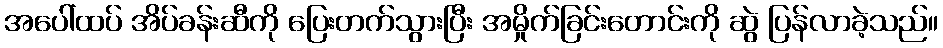
အပေါ်ထပ် အိပ်ခန်းဆီကို ပြေးတက်သွားပြီး အမှိုက်ခြင်းတောင်းကို ဆွဲ ပြန်လာခဲ့သည်။